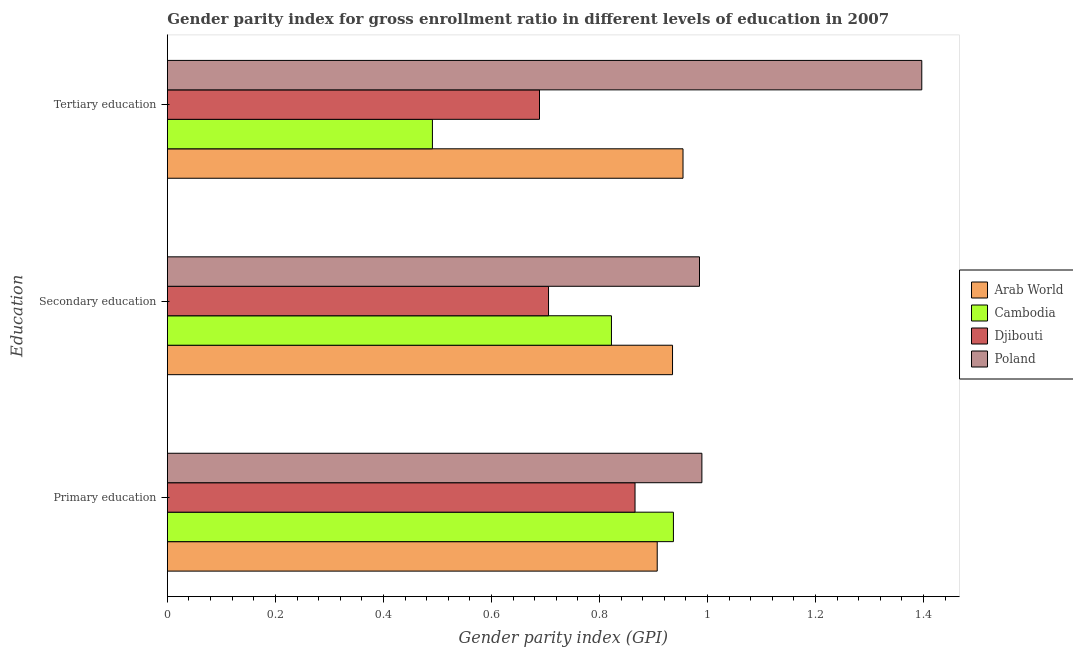
| Education | Arab World | Cambodia | Djibouti | Poland |
 | --- | --- | --- | --- | --- |
 | Primary education | 0.907 | 0.937 | 0.866 | 0.99 |
 | Secondary education | 0.935 | 0.822 | 0.706 | 0.985 |
 | Tertiary education | 0.955 | 0.491 | 0.689 | 1.4 |